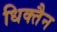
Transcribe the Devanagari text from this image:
धिक्तैन